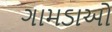
ગામડાઓ